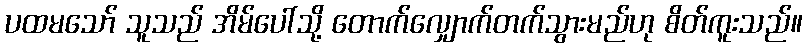
ပထမသော် သူသည် အိမ်ပေါ်သို့ တောက်လျှောက်တက်သွားမည်ဟု စိတ်ကူးသည်။